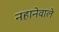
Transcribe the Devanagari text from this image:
नहानेवाले